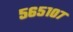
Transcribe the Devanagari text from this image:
५६५१०७